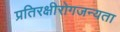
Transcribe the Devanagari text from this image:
प्रतिरक्षीरोगजन्यता